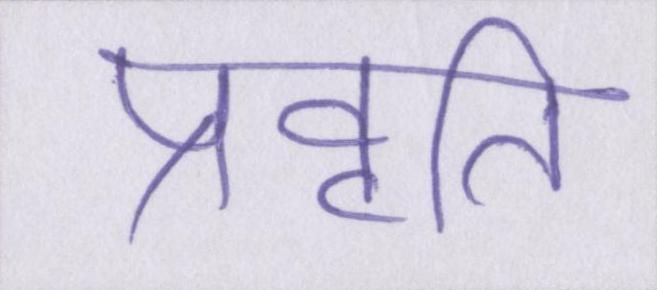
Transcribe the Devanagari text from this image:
प्रवृति